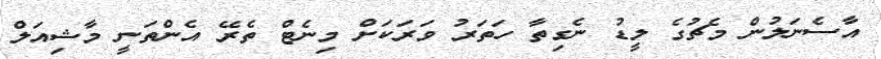
އާސެނަލުން މެޗުގެ ލީޑު ނެގިތާ ހަތަރު ވަރަކަށް މިނެޓް ތެރޭ އެންތަނީ މާޝިއަލް